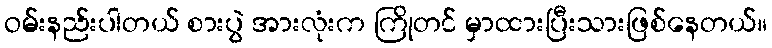
ဝမ်းနည်းပါတယ် စားပွဲ အားလုံးက ကြိုတင် မှာထားပြီးသားဖြစ်နေတယ်။